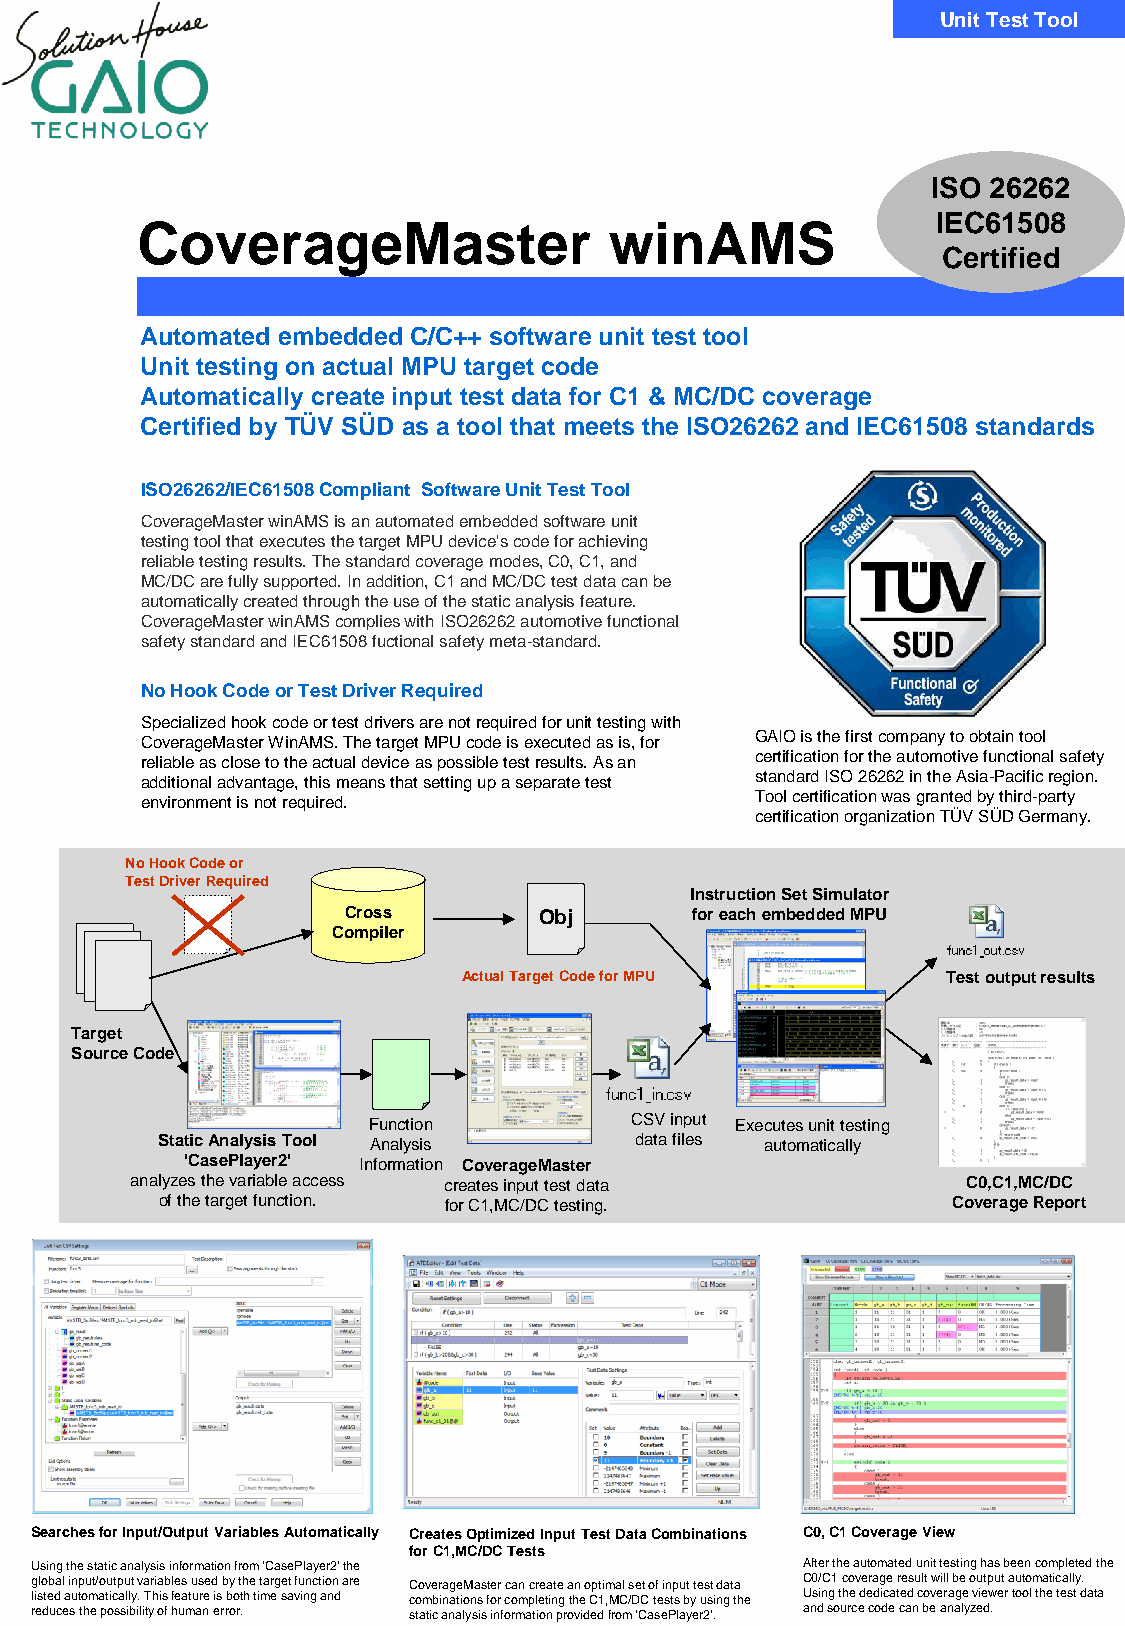
Unit Test Tool
 ISO 26262
 IEC61508
 CoverageMaster                 winAMS
 Certified
 Automated embedded C/C++ software unit test tool
 Unit testing on actual MPU target code
 Automatically create input test data for C1 & MC/DC coverage
 Certified by TÜV SÜD as a tool that meets the ISO26262 and IEC61508 standards
 ISO26262/IEC61508 Compliant Software Unit Test Tool
 CoverageMaster winAMS is an automated embedded software unit
 testing tool that executes the target MPU device's code for achieving
 reliable testing results. The standard coverage modes, C0, C1, and
 MC/DC are fully supported. In addition, C1 and MC/DC test data can be
 automatically created through the use of the static analysis feature.
 CoverageMaster winAMS complies with ISO26262 automotive functional
 safety standard and IEC61508 fuctional safety meta-standard.
 No Hook Code or Test Driver Required
 Specialized hook code or test drivers are not required for unit testing with
 CoverageMaster WinAMS. The target MPU code is executed as is, for GAIO is the first company to obtain tool
 reliable as close to the actual device as possible test results. As an certification for the automotive functional safety
 additional advantage, this means that setting up a separate test standard ISO 26262 in the Asia-Pacific region.
 environment is not required.             Tool certification was granted by third-party
 certification organization TÜV SÜD Germany.
 No Hook Code or
 Test Driver Required
 Instruction Set Simulator
 Cross        Obj       for each embedded MPU
 Compiler
 Actual Target Code for MPU      Test output results
 Target
 Source Code
 Function          CSV input Executes unit testing
 Static Analysis Tool Analysis   data files automatically
 'CasePlayer2' Information CoverageMaster
 analyzes the variable access creates input test data   C0,C1,MC/DC
 of the target function. for C1,MC/DC testing.       Coverage Report
 Searches for Input/Output Variables Automatically Creates Optimized Input Test Data Combinations C0, C1 Coverage View
 for C1,MC/DC Tests
 Using the static analysis information from 'CasePlayer2' the After the automated unit testing has been completed the
 global input/output variables used by the target function are CoverageMaster can create an optimal set of input test data C0/C1 coverage result will be output automatically.
 listed automatically. This feature is both time saving and combinations for completing the C1,MC/DC tests by using the Using the dedicated coverage viewer tool the test data
 reduces the possibility of human error. static analysis information provided from 'CasePlayer2'. and source code can be analyzed.